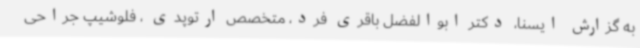
به گزارش ایسنا، دکتر ابوالفضل باقری فرد، متخصص ارتوپدی ، فلوشیپ جراحی